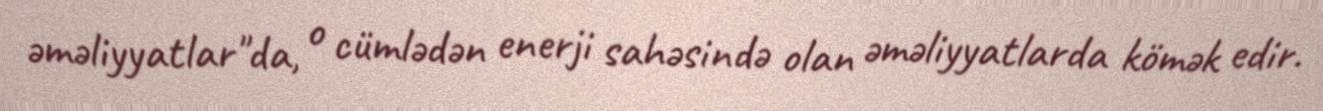
əməliyyatlar"da, o cümlədən enerji sahəsində olan əməliyyatlarda kömək edir.